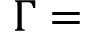
\Gamma =